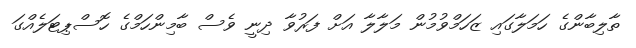
ތާލިބާންގެ ހަމަލާގައި ޒަހަމްވުމުން މަލާލާ އަށް ފަރުވާ ދިނީ ވެސް ބާމިންހަމްގެ ހޮސްޕިޓަލެއްގަ